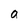
Character: a